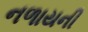
નળાયની